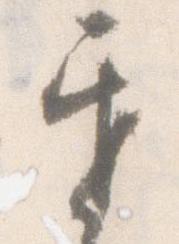
互